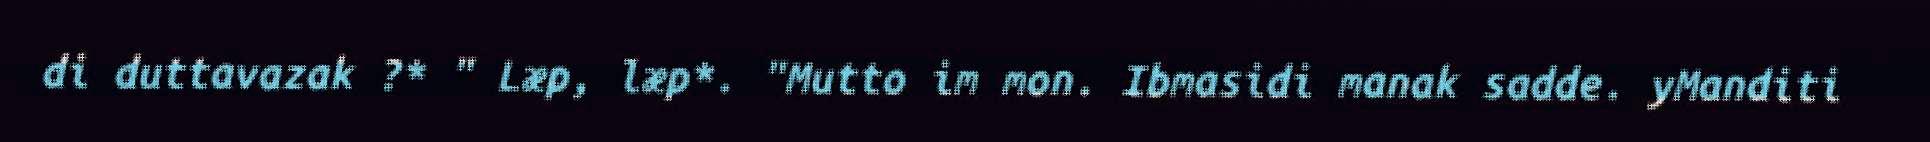
di duttavazak ?* " Læp, læp*. "Mutto im mon. Ibmasidi manak sadde. yManditi